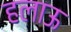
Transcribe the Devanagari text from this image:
हलाऊ